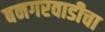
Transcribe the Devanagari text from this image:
बनगरवाडीचा